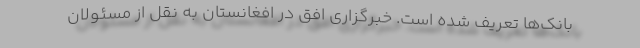
بانک‌ها تعریف شده است. خبرگزاری افق در افغانستان به نقل از مسئولان